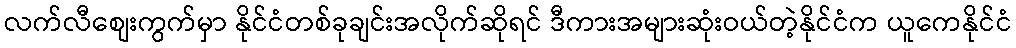
လက်လီစျေးကွက်မှာ နိုင်ငံတစ်ခုချင်းအလိုက်ဆိုရင် ဒီကားအများဆုံးဝယ်တဲ့နိုင်ငံက ယူကေနိုင်ငံ